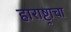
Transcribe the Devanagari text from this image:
हाराष्ट्राचा